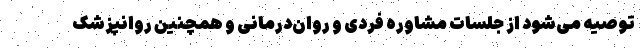
توصیه می‌شود از جلسات مشاوره فردی و روان‌درمانی و همچنین روانپزشک